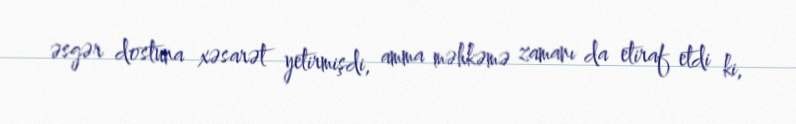
əsgər dostuna xəsarət yetirmişdi, amma məhkəmə zamanı da etiraf etdi ki,